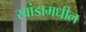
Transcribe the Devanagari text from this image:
रवांडामधील